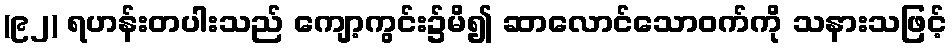
(၉၂) ရဟန်းတပါးသည် ကျော့ကွင်း၌မိ၍ ဆာလောင်သောဝက်ကို သနားသဖြင့်